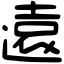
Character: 遠